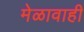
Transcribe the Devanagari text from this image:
मेळावाही